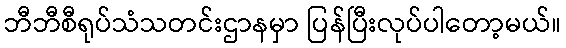
ဘီဘီစီရုပ်သံသတင်းဌာနမှာ ပြန်ပြီးလုပ်ပါတော့မယ်။